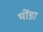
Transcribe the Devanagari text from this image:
भोंडा